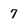
Character: 7